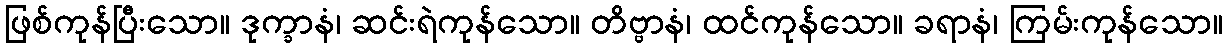
ဖြစ်ကုန်ပြီးသော။ ဒုက္ခာနံ၊ ဆင်းရဲကုန်သော။ တိဗ္ဗာနံ၊ ထင်ကုန်သော။ ခရာနံ၊ ကြမ်းကုန်သော။